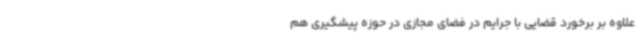
علاوه ‌بر برخورد قضایی با جرایم در فضای مجازی در حوزه پیشگیری هم